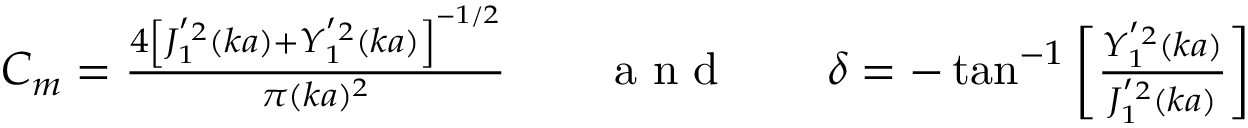
\begin{array} { r } { C _ { m } = \frac { 4 \left[ J _ { 1 } ^ { ' 2 } ( k a ) + Y _ { 1 } ^ { ' 2 } ( k a ) \right] ^ { - 1 / 2 } } { \pi ( k a ) ^ { 2 } } \qquad \mathrm { ~ a ~ n ~ d ~ } \qquad \delta = - \tan ^ { - 1 } \left[ \frac { Y _ { 1 } ^ { ' 2 } ( k a ) } { J _ { 1 } ^ { ' 2 } ( k a ) } \right] } \end{array}